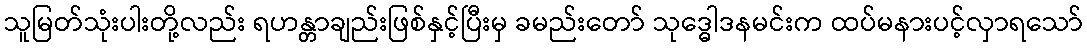
သူမြတ်သုံးပါးတို့လည်း ရဟန္တာချည်းဖြစ်နှင့်ပြီးမှ ခမည်းတော် သုဒ္ဓေါဒနမင်းက ထပ်မနားပင့်လှာရသော်